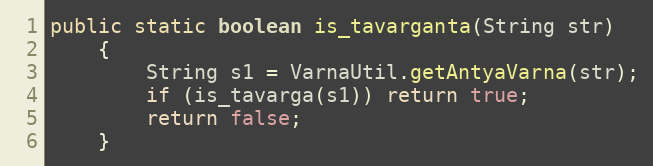
Language: Java
public static boolean is_tavarganta(String str)
    {
        String s1 = VarnaUtil.getAntyaVarna(str);
        if (is_tavarga(s1)) return true;
        return false;
    }